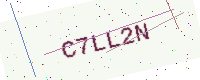
Text: C7LL2N